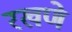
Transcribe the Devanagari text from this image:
रखणे